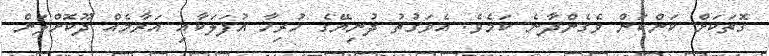
ގޮތަކަށް ކަންކަން ވެގެންދާނެ ކަމެވެ. އެވަގުތު ދުނިޔޭގެ ހުރިހާ އުފަލަކާއި އަރާމެއް ދޫކޮށްލަން